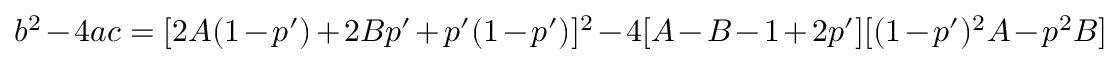
b ^ { 2 } - 4 a c = [ 2 A ( 1 - p ^ { \prime } ) + 2 B p ^ { \prime } + p ^ { \prime } ( 1 - p ^ { \prime } ) ] ^ { 2 } - 4 [ A - B - 1 + 2 p ^ { \prime } ] [ ( 1 - p ^ { \prime } ) ^ { 2 } A - p ^ { 2 } B ]